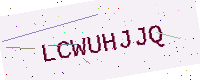
Text: LCWUHJJQ